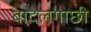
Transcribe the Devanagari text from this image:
बादलगाछी